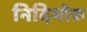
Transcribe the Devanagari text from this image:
निदिमोरु